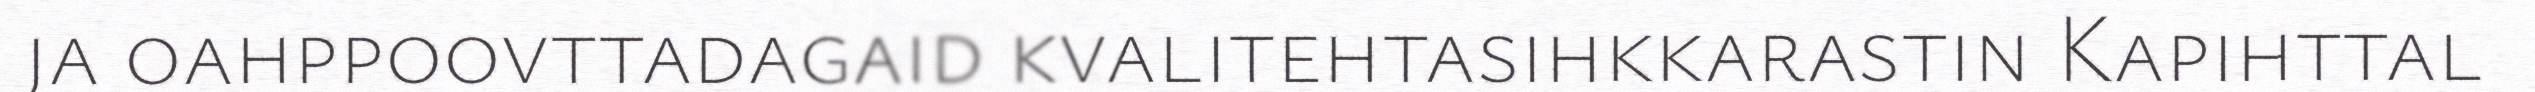
ja oahppoovttadagaid kvalitehtasihkkarastin Kapihttal